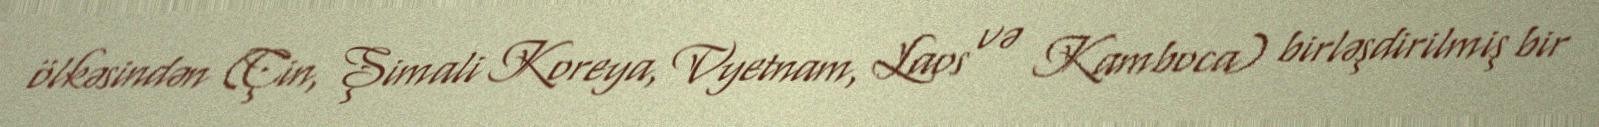
ölkəsindən (Çin, Şimali Koreya, Vyetnam, Laos və Kamboca) birləşdirilmiş bir